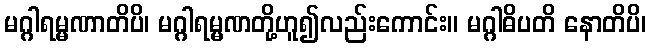
မဂ္ဂါရမ္မဏာတိပိ၊ မဂ္ဂါရမ္မဏတို့ဟူ၍လည်းကောင်း။ မဂ္ဂါဓိပတိ နောတိပိ၊